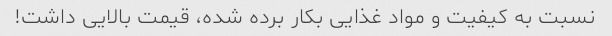
نسبت به کیفیت و مواد غذایی بکار برده شده، قیمت بالایی داشت!